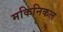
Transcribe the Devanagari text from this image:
मकिनिकल